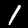
Label: 1